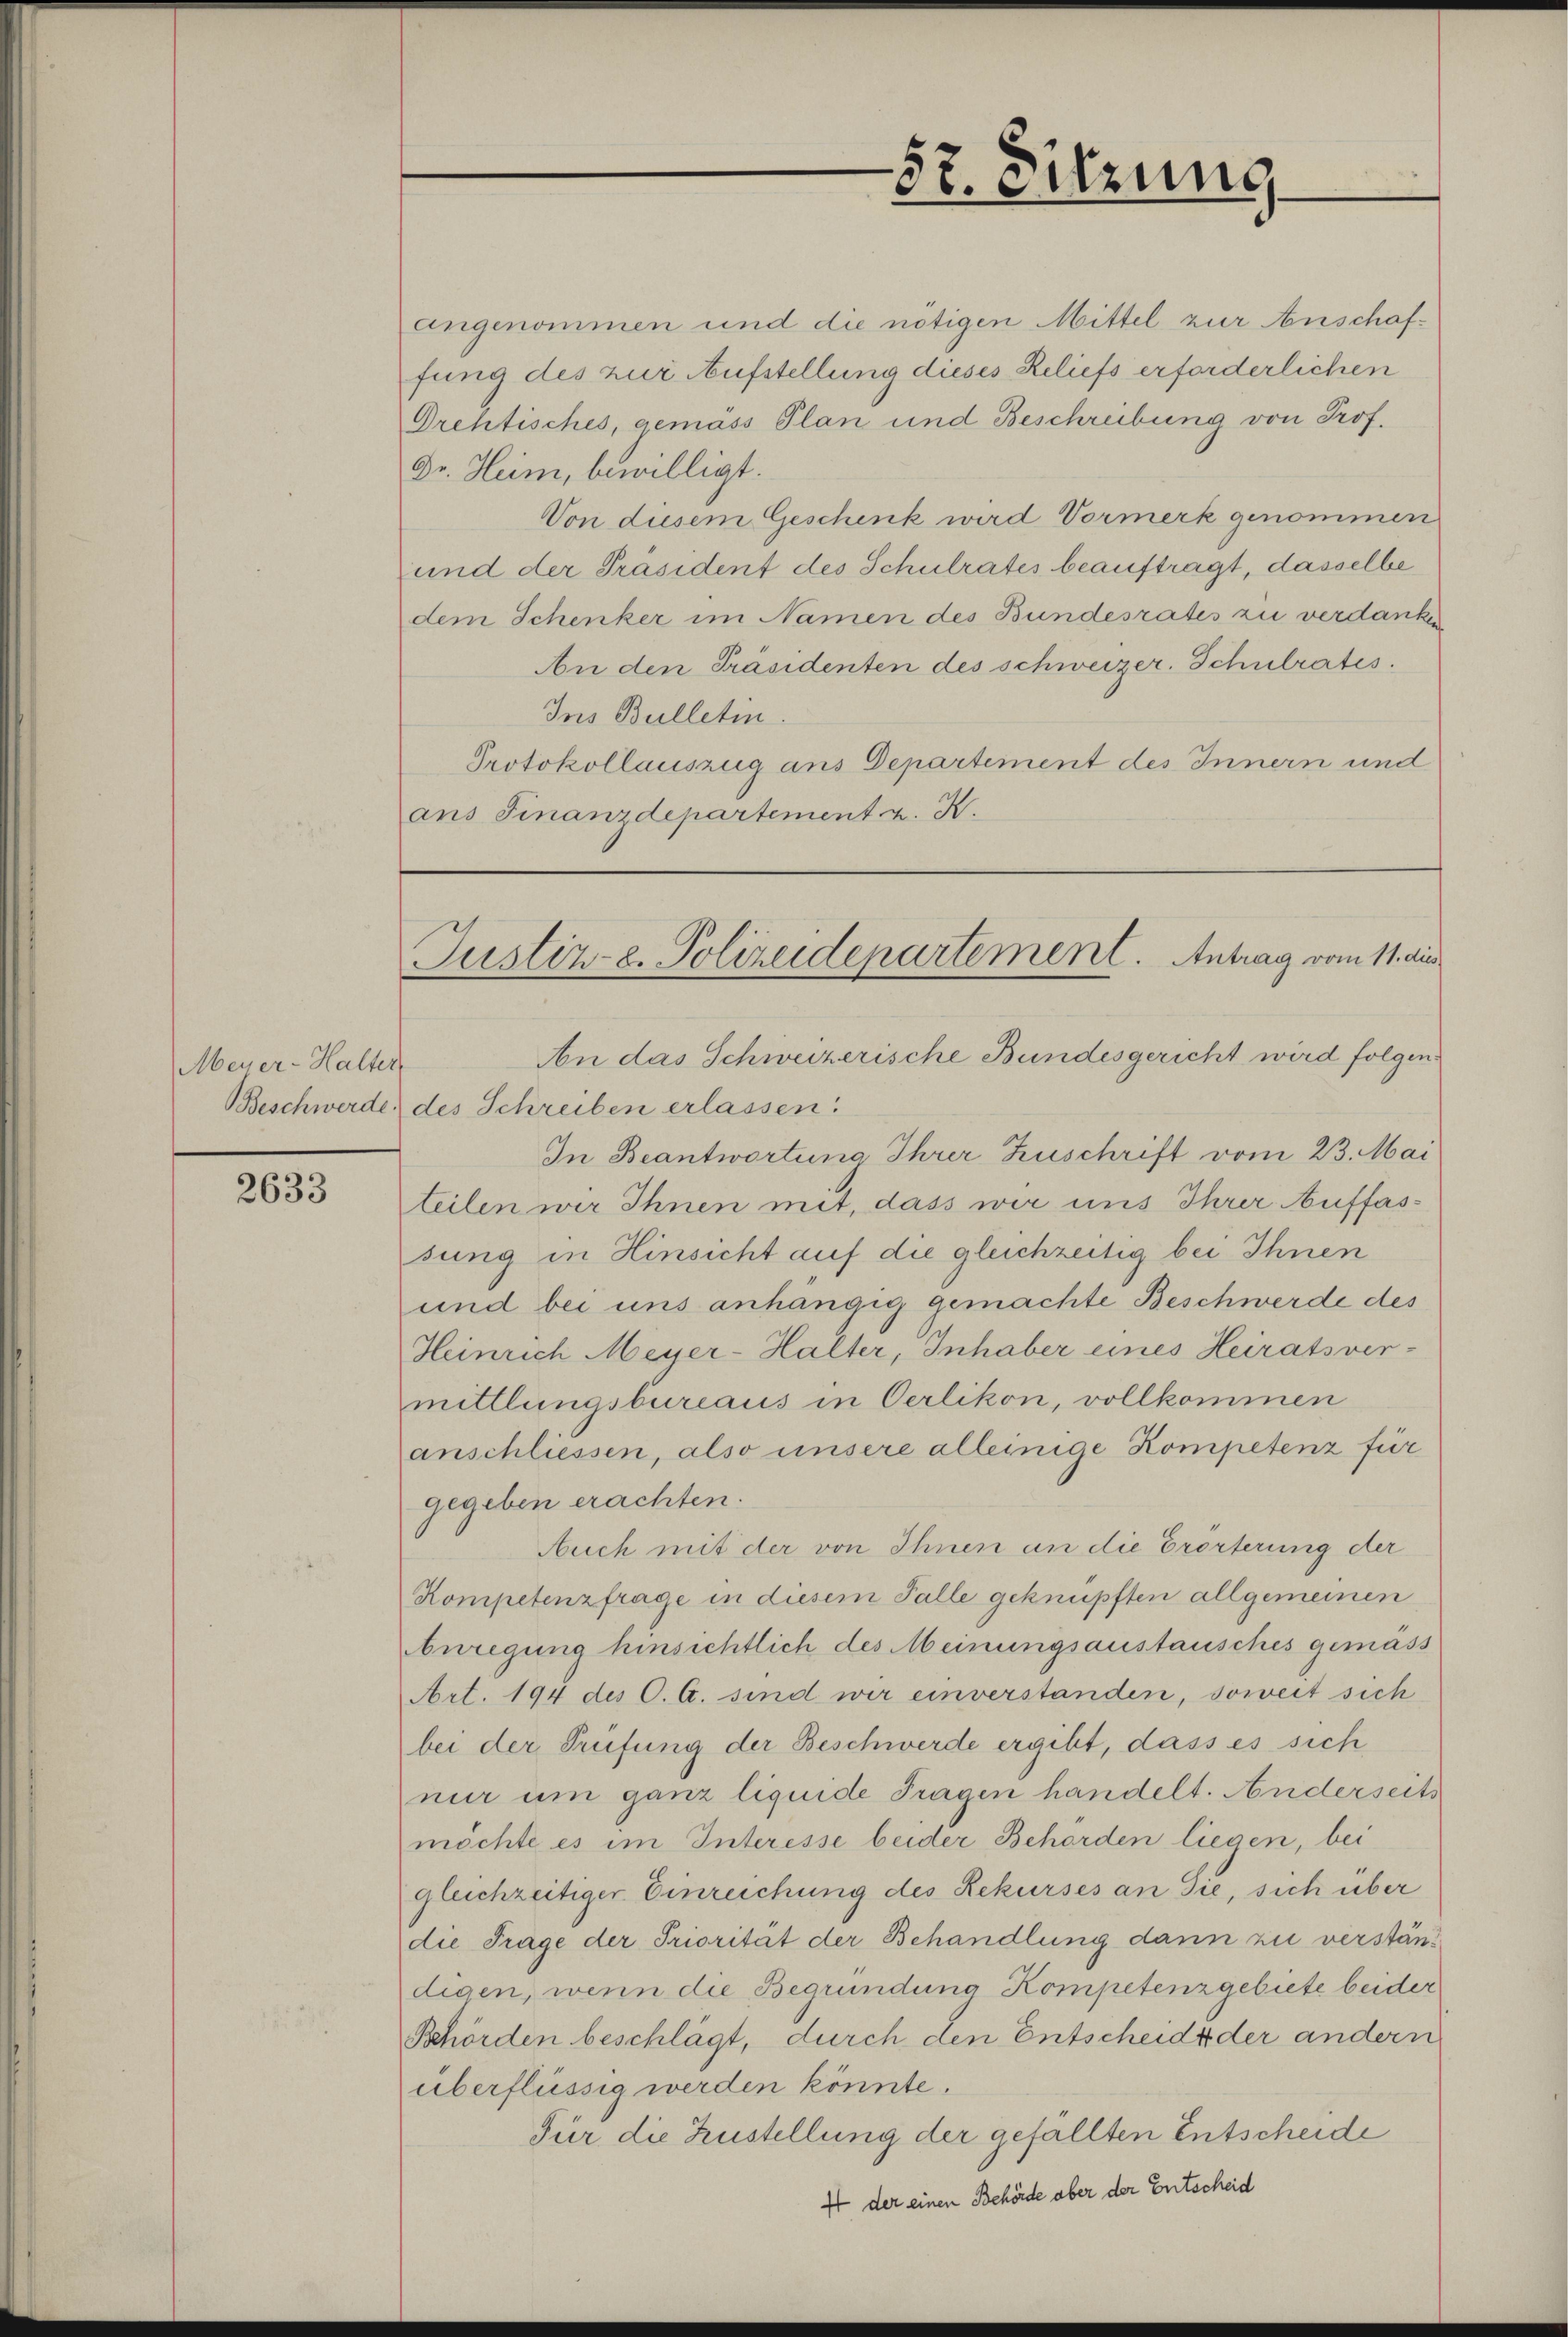
Meyer-Halter
Beschwerde

2633

angenommen und die nötigen Mittel zur Anschaffung des zur Aufstellung dieses Reliefs erforderlichen
Drehtisches, gemass Plan und Beschreibung von Prof.
Dr. Heim, bewilligt.
Von diesem Geschenk wird Vormerk genommen
und der Präsident des Schulrates beauftragt, dasselbe
dem Schenker im Namen des Bundesrates zu verdanken
An den Präsidenten des schweizer. Schulrates.
Ins Bulletin.
Protokollauszug aus Departement des Innern und
ans Finanzdepartement z. B.

57. Sitzung

Justiz-C. Polizeidepartement. Antrag vom 11. di

An das Schweizerische Bundesgericht wird folgen
des Schreiben erlassen.
In Beantwortung Ihrer Zuschrift vom 23. Mai
teilen wir Ihnen mit, dass wir uns Ihrer Auffassung in Hinsicht auf die gleichzeitig bei Ihnen
und bei uns anhängig gemachte Beschwerde des
Heinrich Meyer-Halter, Inhaber eines Heiratsver-
mittlungsbureaus in Oerlikon, vollkommen
anschliessen, also unsere alleinige Kompetenz für
gegeben erachten.
Auch mit der von Ihnen an die Erörterung der
Kompetenzfrage in diesem Falle geknüpften allgemeinen
nregung hinsichtlich des Meinungsaustausches gemäss
Art. 194 des C. C. sind wir einverstanden, soweit sich
bei der Prüfung der Beschwerde ergibt, dass es sich
nur um ganz liquide Fragen handelt. Anderseits
möchte es im Interesse beider Behörden liegen, bei
gleichzeitiger Einreichung des Rekurses an die, sich über
die Frage der Priorität der Behandlung dann zu verständigen, wenn die Begründung Kompetenz gebiete beider
Behörden beschlägt, durch den Entscheide der andern
überflüssig werden könnte.
Für die Zustellung der gefällten Entscheide
4 der einen Behörde aber der Entscheid